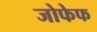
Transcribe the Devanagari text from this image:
जोफेफ